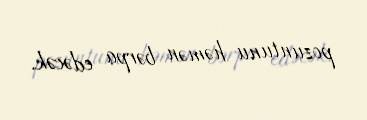
pozuntunu həmən bərpa edəcək.